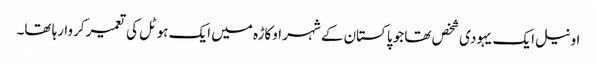
اونیل ایک یہودی شخص تھا جو پاکستان کے شہر اوکاڑہ میں ایک ہوٹل کی تعمیر کروا رہا تھا۔